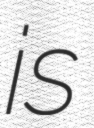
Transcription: is